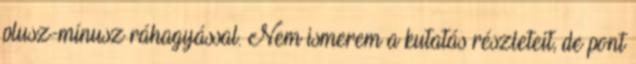
plusz-mínusz ráhagyással. Nem ismerem a kutatás részleteit, de pont